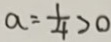
a = \frac { 1 } { 4 } > 0